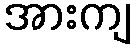
အားကျ